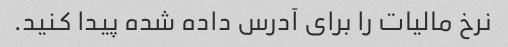
نرخ مالیات را برای آدرس داده شده پیدا کنید.